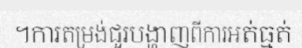
។ការតម្រង់ជួរបង្ហាញពីការអត់ធ្មត់